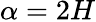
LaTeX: \alpha=2H